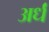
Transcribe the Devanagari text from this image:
अर्धं